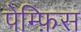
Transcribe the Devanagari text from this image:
पेम्फ़िस